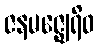
ဇနမဇ္ဈေရိဝ